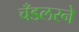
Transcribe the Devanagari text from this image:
चँडलरने